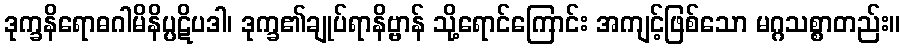
ဒုက္ခနိရောဓဂါမိနိပ္ပဋိပဒါ၊ ဒုက္ခ၏ချုပ်ရာနိဗ္ဗာန် သို့ရောင်ကြောင်း အကျင့်ဖြစ်သော မဂ္ဂသစ္စာတည်း။